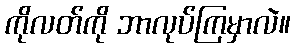
ကိုလတ်ကို ဘာလုပ်ကြမှာလဲ။